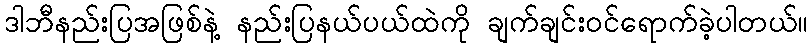
ဒါဘီနည်းပြအဖြစ်နဲ့ နည်းပြနယ်ပယ်ထဲကို ချက်ချင်းဝင်ရောက်ခဲ့ပါတယ်။